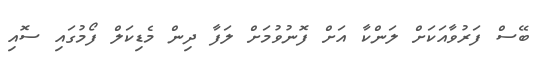
ބޭސް ފަރުވާއަކަށް ލަންކާ އަށް ފޮނުވުމަށް ލަފާ ދިން މެޑިކަލް ފޯމުގައި ސޮއި